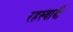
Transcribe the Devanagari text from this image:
रहस्वादी